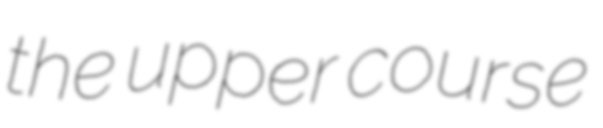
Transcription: the upper course